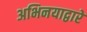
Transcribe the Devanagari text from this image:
अभिनयाद्वारे